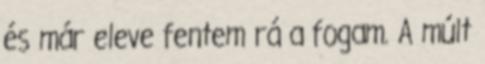
és már eleve fentem rá a fogam. A múlt